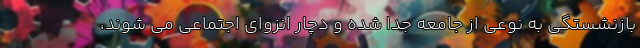
بازنشستگی به نوعی از جامعه جدا شده و دچار انزوای اجتماعی می شوند،